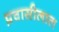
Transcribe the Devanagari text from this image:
प्रवासीलाल